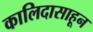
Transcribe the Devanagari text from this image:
कालिदासाहून